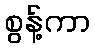
စွန့်ကာ